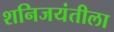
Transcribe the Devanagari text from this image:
शनिजयंतीला